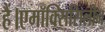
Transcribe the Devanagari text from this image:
हैं।एमॉक्सिसिलीन